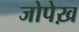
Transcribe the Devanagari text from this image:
जोपेख़